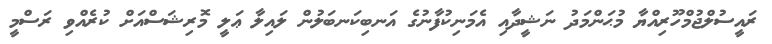
ރައީސުލްޖުމްހޫރިއްޔާ މުޙަންމަދު ނަޝީދާއި އެމަނިކުފާނުގެ އަނބިކަނބަލުން ލައިލާ ޢަލީ މޮރިޝަސްއަށް ކުރެއްވި ރަސްމީ